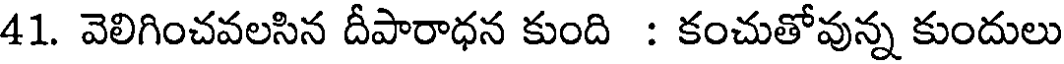
41. వెలిగించవలసిన దీపారాధన కుంది : కంచుతోవున్న కుందులు